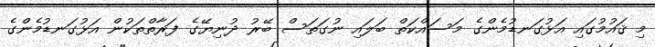
މި ޤައުމުގައި އަޅުގަނޑުމެންގެ މަސައްކަތް ބަލައި ނުގަތަސް ބޭރު ދުނިޔޭގެ ފަރާތްތަކުން އަޅުގަނޑުމެންގެ